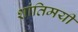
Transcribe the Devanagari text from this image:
शांतिमयी